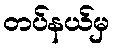
တပ်နယ်မှ